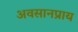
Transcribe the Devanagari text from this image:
अवसानप्राय